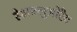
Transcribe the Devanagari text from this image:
हेक्षफ़्लुओरैद